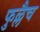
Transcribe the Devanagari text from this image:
फुल्लैच